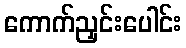
ကောက်ညှင်းပေါင်း